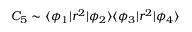
C _ { 5 } \sim \langle \phi _ { 1 } | r ^ { 2 } | \phi _ { 2 } \rangle \langle \phi _ { 3 } | r ^ { 2 } | \phi _ { 4 } \rangle